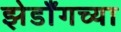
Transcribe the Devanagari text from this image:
झेडॉँगच्या